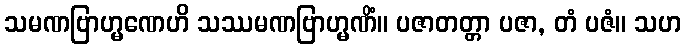
သမဏဗြာဟ္မဏေဟိ သဿမဏဗြာဟ္မဏိံ။ ပဇာတတ္တာ ပဇာ, တံ ပဇံ။ သဟ